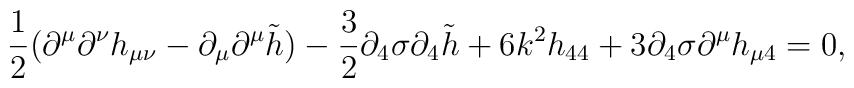
\frac{1}{2}(\partial^\mu \partial^\nu  h_{\mu\nu} - \partial_\mu\partial^\mu \tilde h ) - \frac{3}{2}\partial_4 \sigma \partial_4 \tilde h+ 6 k^2 h_{44} +3\partial_4\sigma\partial^{\mu}h_{\mu 4}=0,